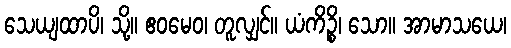
သေယျထာပိ၊ သို့။ ဧဝမေဝ၊ တူလျှင်။ ယံကိဉ္စိ၊ သော။ အာမာသယေ၊